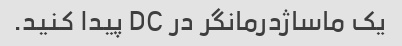
یک ماساژدرمانگر در DC پیدا کنید.